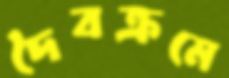
দৈবক্রমে